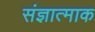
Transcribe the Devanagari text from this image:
संज्ञात्माक